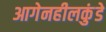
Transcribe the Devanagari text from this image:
आगेनहीलकुंडे